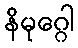
နိမုဂ္ဂေါ